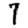
Digit: 7